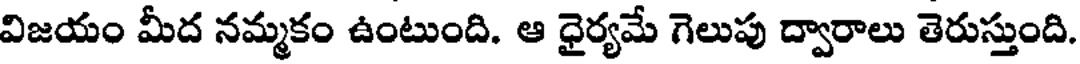
విజయం మీద నమ్మకం ఉంటుంది. ఆ ధైర్యమే గెలుపు ద్వారాలు తెరుస్తుంది.